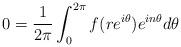
LaTeX: \begin{align*} 0 = \frac{1}{2 \pi}\int_0^{2 \pi}f(r e^{i \theta}) e ^{in \theta}d\theta\end{align*}